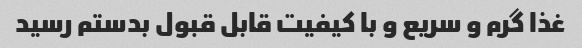
غذا گرم و سریع و با کیفیت قابل قبول بدستم رسید